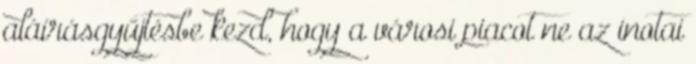
aláírásgyűjtésbe kezd, hogy a városi piacot ne az inotai